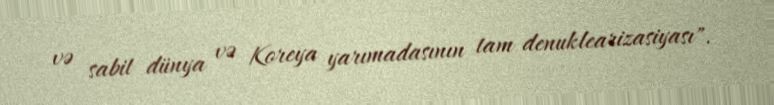
və sabit dünya və Koreya yarımadasının tam denuklearizasiyası".